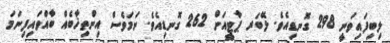
ލިބިފައިވަނީ 298 ގޮނޑިއެވެ. ލޭބަރ ޕާޓީއަށް 262 ގޮނޑިއެވެ. ނަމަވެސް އިންތިޚާބެއް ބާއްވައިފިނަމަ